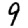
Digit: 9